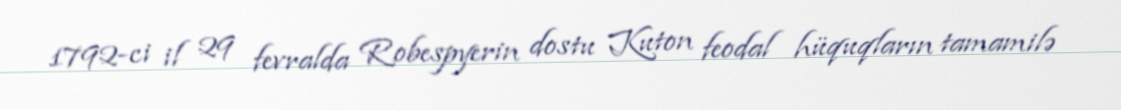
1792-ci il 29 fevralda Robespyerin dostu Kuton feodal hüquqların tamamilə